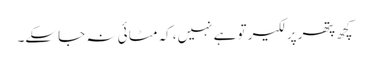
کچھ پتھر پر لکیر تو ہے نہیں، کہ مٹا ئی نہ جا سکے۔